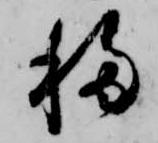
移